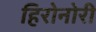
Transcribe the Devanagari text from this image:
हिरोनोरी